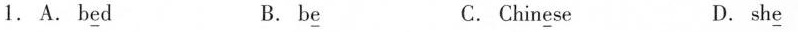
1. A. B\underline{e}d B. b\underline{e} C.Chin\underline{e}se D. sh\underline{e}